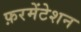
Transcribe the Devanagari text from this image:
फ़रमेंटेशन